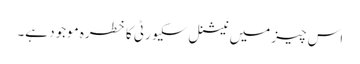
اس چیز میں نیشنل سکیورٹی کا خطرہ موجود ہے۔